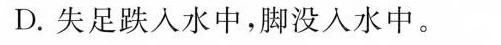
D.失足跌入水中，脚没入水中。